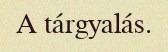
A tárgyalás.